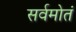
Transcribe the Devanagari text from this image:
सर्वमोतं